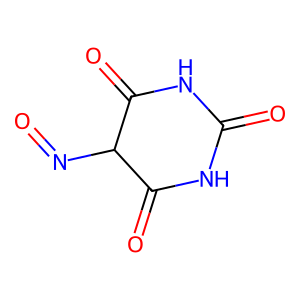
SMILES: O=NC1C(=O)NC(=O)NC1=O
Inhibits HIV replication: No